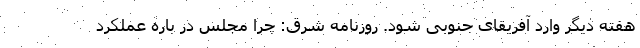
هفته دیگر وارد آفریقای جنوبی شود. روزنامه شرق: چرا مجلس در باره عملکرد